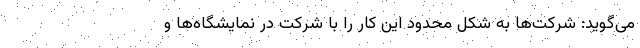
می‌گوید: شرکت‌ها به شکل محدود این کار را با شرکت در نمایشگاه‌ها و